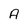
Character: A